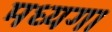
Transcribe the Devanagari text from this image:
मध्यगा